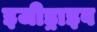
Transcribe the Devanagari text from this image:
इजीड्राइव